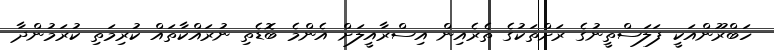
ހަބްރޫންއަކީ ފަލަސްތީނުގެ ރަށްތަކުގެ ތެރެއިން އިސްރާއީލަށް އެންމެ ބޮޑެތި ނުރައްކާތައް ކުރިމަތި ކުރަމުންދާ